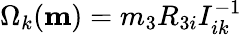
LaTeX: \Omega_{k}({\mathbf m})=m_{3}R_{3i}I_{ik}^{-1}